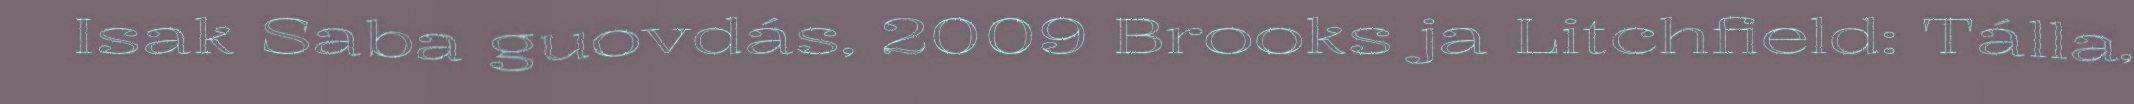
Isak Saba guovdás, 2009 Brooks ja Litchfield: Tálla,